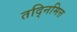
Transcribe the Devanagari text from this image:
तद्निमित्त